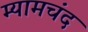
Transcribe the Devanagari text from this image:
म्यामचंद